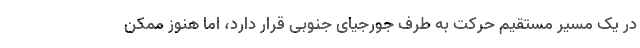
در یک مسیر مستقیم حرکت به طرف جورجیای جنوبی قرار دارد، اما هنوز ممکن